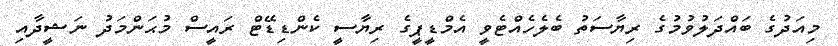
މިއަދުގެ ބައްދަލުވުމުގެ ރިޔާސަތު ބެލެހެއްޓެވީ އެމްޑީޕީގެ ރިޔާސީ ކެންޑިޑޭޓް ރައީސް މުޙަންމަދު ނަޝީދާއި